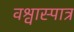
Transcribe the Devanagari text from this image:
वश्वास्पात्र